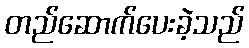
တည်ဆောက်ပေးခဲ့သည်